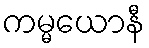
ကမ္မယောနီ